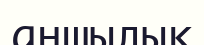
аңшылық